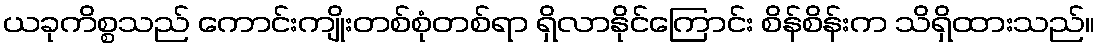
ယခုကိစ္စသည် ကောင်းကျိုးတစ်စုံတစ်ရာ ရှိလာနိုင်ကြောင်း စိန်စိန်းက သိရှိထားသည်။